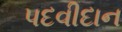
પદવીદાન